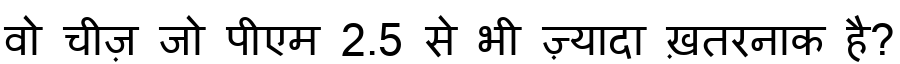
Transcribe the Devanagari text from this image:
वो चीज़ जो पीएम 2.5 से भी ज़्यादा ख़तरनाक है?